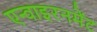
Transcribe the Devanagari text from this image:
एन्वाइरनमेंट